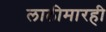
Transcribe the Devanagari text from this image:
लाठीमारही